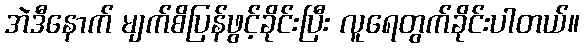
အဲဒီနောက် မျက်စိပြန်ဖွင့်ခိုင်းပြီး လူရေတွက်ခိုင်းပါတယ်။